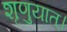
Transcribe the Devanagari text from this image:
शृणुयात्।